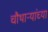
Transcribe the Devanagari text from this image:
चौथाऱ्यांच्या